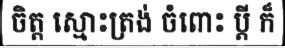
ចិត្ត ស្មោះត្រង់ ចំពោះ ប្តី ក៏